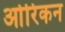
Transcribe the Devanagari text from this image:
ओरिकन